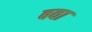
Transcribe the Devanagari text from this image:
बवा